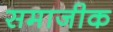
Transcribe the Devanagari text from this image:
समाजीक